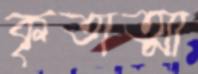
কৃতাত্মা